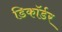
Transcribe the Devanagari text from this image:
डिकॉर्डर